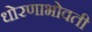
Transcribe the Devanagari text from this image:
धोरणाभोवती